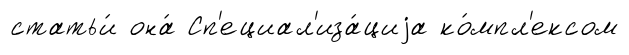
статьи́ она́ Сп'ециал'иза́циjа ко́мпл'ексом